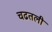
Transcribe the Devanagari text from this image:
चढतली